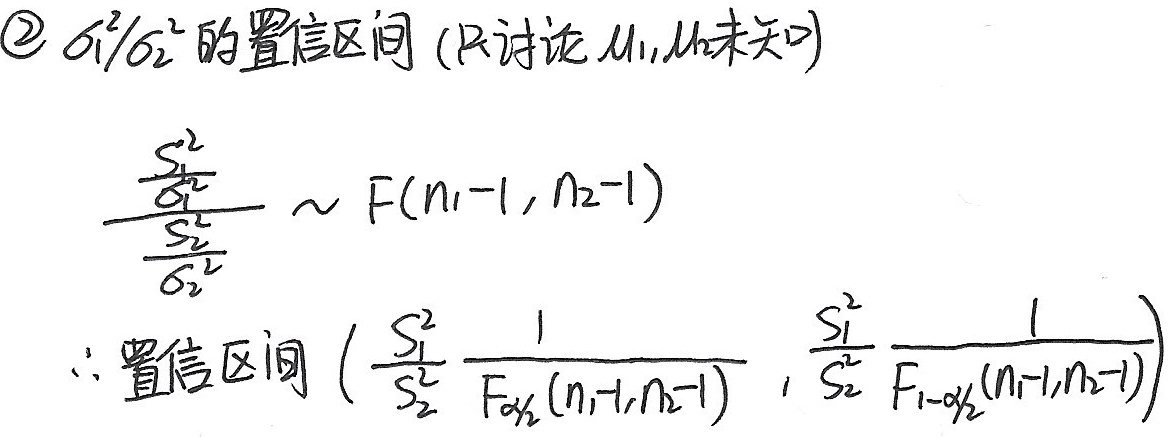
\textcircled{2} $\sigma_1^2/\sigma_2^2$的置信区间（只讨论$\mu_1,\mu_2$未知）

$$\frac{\frac{S_1^2}{\sigma_1^2}}{\frac{S_2^2}{\sigma_2^2}} \sim F(n_1 - 1,n_2 - 1)$$

$$\therefore 置信区间\left(\frac{S_1^2}{S_2^2}\frac{1}{F_{\alpha/2}(n_1 - 1,n_2 - 1)},\frac{S_1^2}{S_2^2}\frac{1}{F_{1 - \alpha/2}(n_1 - 1,n_2 - 1)}\right)$$